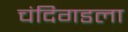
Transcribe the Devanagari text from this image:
चंदिगडला